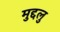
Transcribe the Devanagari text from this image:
मुद्दलु